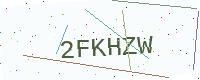
Text: 2FKHZW